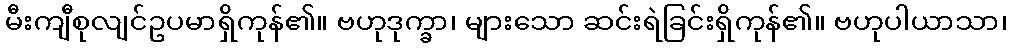
မီးကျီစုလျင်ဥပမာရှိကုန်၏။ ဗဟုဒုက္ခာ၊ များသော ဆင်းရဲခြင်းရှိကုန်၏။ ဗဟုပါယာသာ၊